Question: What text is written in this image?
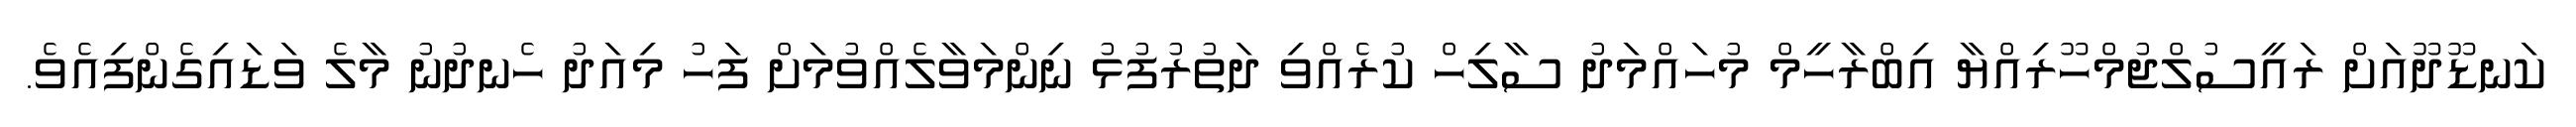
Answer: ކަނޑޫދޫއަށް ރައީސުލްޖުމްހޫރިއްޔާ އިބްރާހީމް މުހައްމަދު ސާލިހް ކުރެއްވި ދަތުރުފުޅު ނިންމަވާލެއްވުމަށް ފަހު މިއަދު ހެނދުނު މާލެ ވަޑައިގެންފިއެވެ.